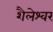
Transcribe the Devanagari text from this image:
शैलेश्‍वर